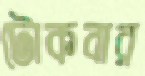
টোকবার